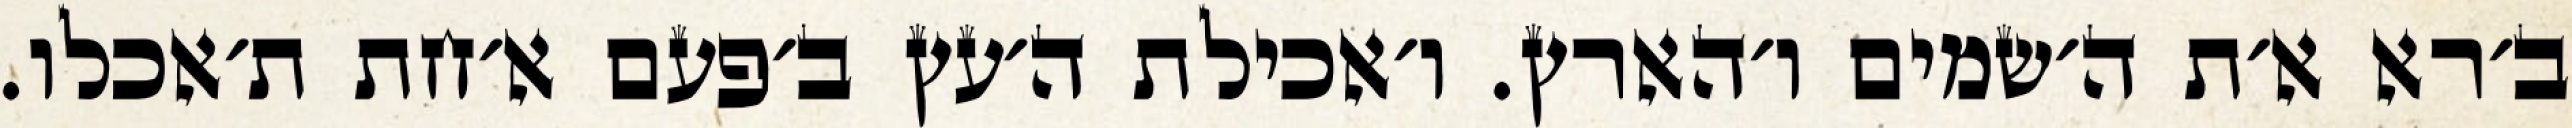
ב׳רא א׳ת ה׳שמים ו׳הארץ. ו׳אכילת ה׳עץ ב׳פעם א׳חת ת׳אכלו.